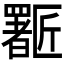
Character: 𱑈